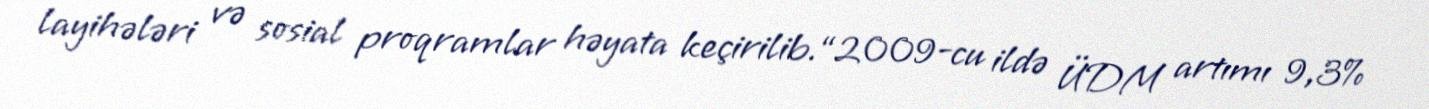
layihələri və sosial proqramlar həyata keçirilib.“2009-cu ildə ÜDM artımı 9,3%